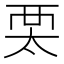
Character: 𧟧